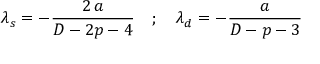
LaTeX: \lambda _ { s } = - \frac { 2 \, a } { D - 2 p - 4 } \quad ; \quad \lambda _ { d } = - \frac { a } { D - p - 3 }